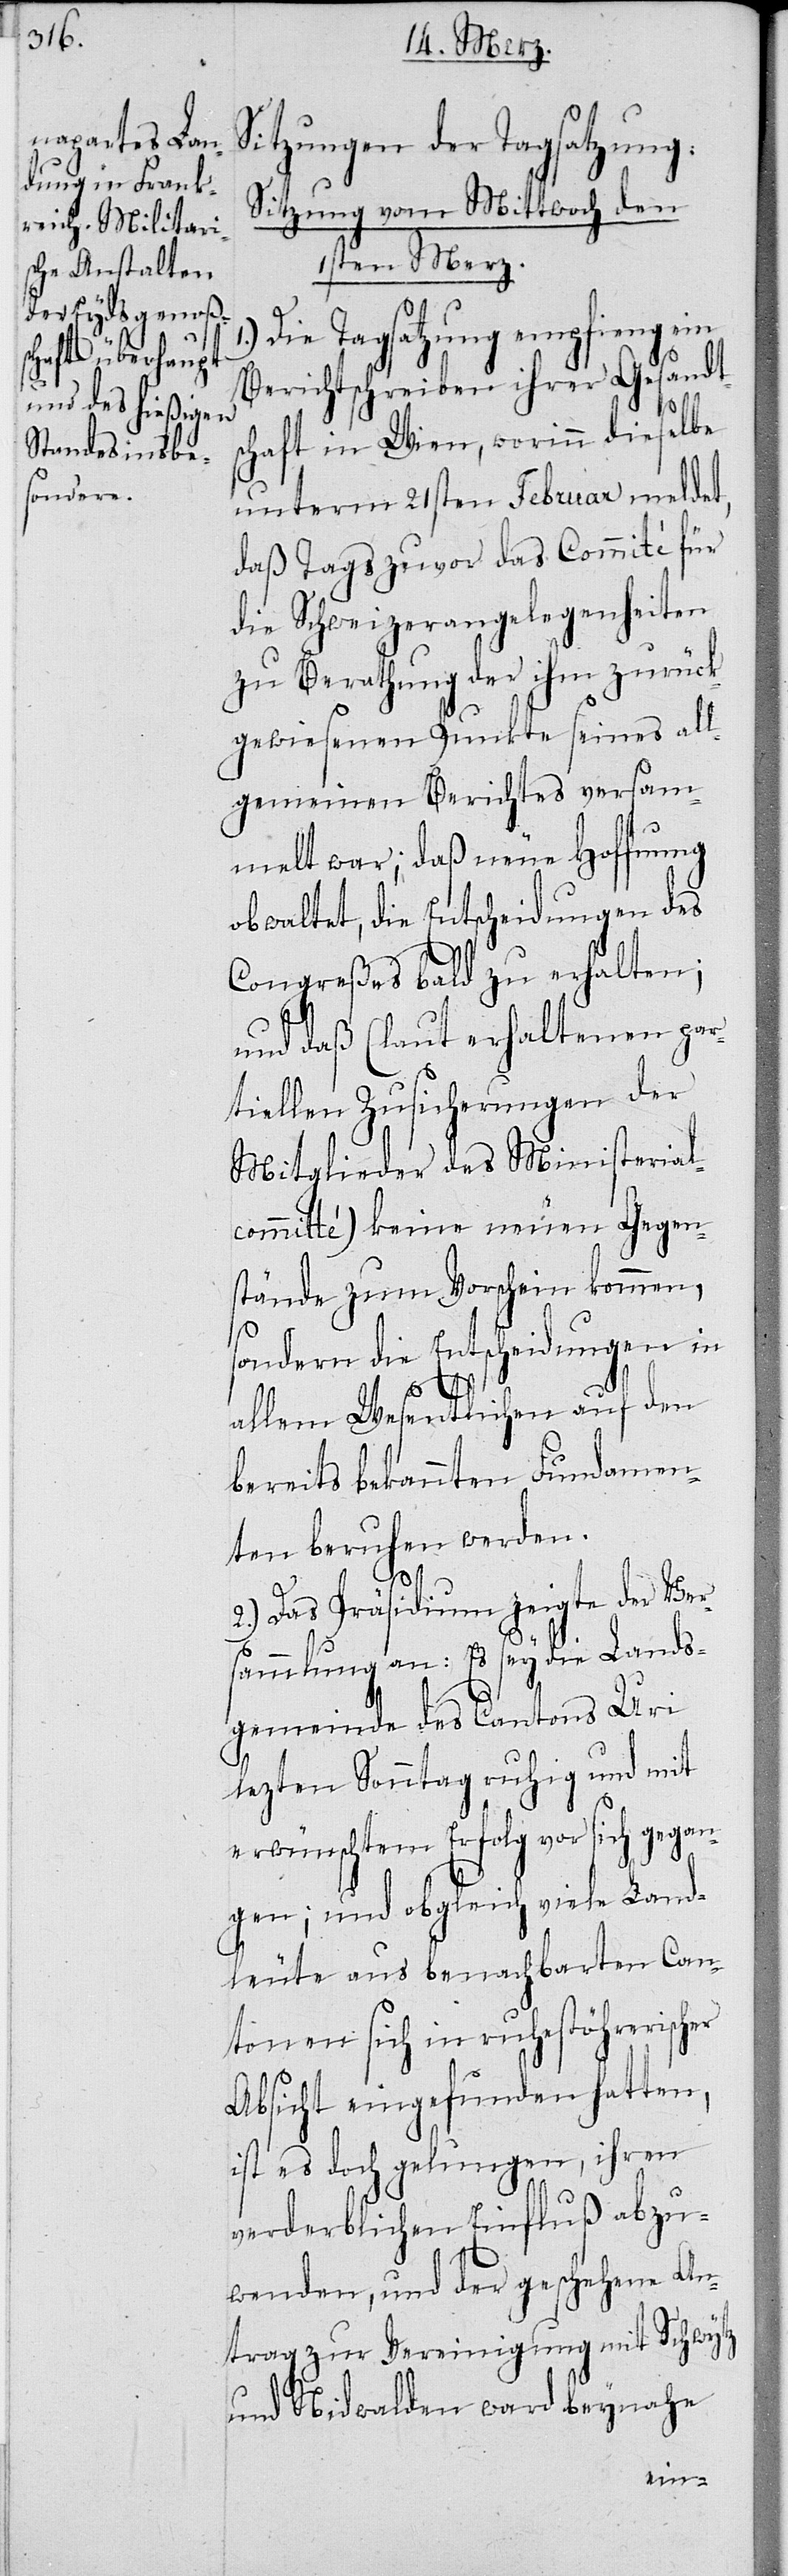
Sitzungen der Tagsatzung:
Sitzung vom Mittwoch den
1sten Merz.
Die Tagsatzung empfieng ein
Berichtschreiben ihrer Gesandts¬
chaft in Wien, worinn dieselbe
unterm 21sten Februar meldet,
daß Tags zuvor das Commité für
die Schweizerangelegenheiten
zu Berathung der ihm zurück¬
gewiesenen Punkte seines all¬
gemeinen Berichtes versam¬
melt war; daß neue Hoffnung
obwaltet, die Entscheidungen des
Congreßes bald zu erhalten;
und daß (laut erhaltenen par¬
tiellen Zusicherungen der
Mitglieder des Ministerial¬
committé) keine neuen Gegen¬
stände zum Vorschein kommen,
sondern die Entscheidungen in
allem Wesentlichen auf den
bereits bekannten Fundamen¬
ten beruhen werden.
2.) Das Präsidium zeigte der Ver¬
sammlung an: Es sey die Lands¬
gemeinde des Canton Uri
lezten Sonntag ruhig und mit
erwünschtem Erfolg vor sich gegan¬
gen; und obgleich viele Land¬
leute aus benachbarten Can¬
tonen sich in ruhestöhrerischer
Absicht eingefunden hatten,
ist es doch gelungen, ihren
verderblichen Einfluß abzu¬
wenden, und der geschehene An¬
trag zur Vereinigung mit Schwytz
und Nidwalden ward beynahe